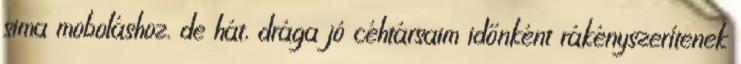
sima moboláshoz. de hát, drága jó céhtársaim időnként rákényszerítenek